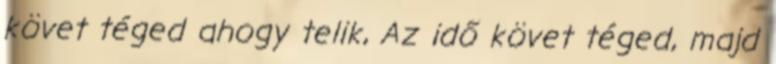
követ téged ahogy telik, Az idő követ téged, majd